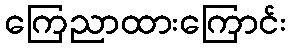
ကြေညာထားကြောင်း